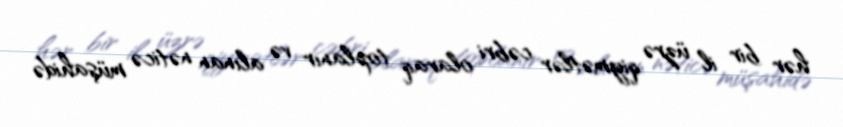
hər bir il üzrə qiymətlər cəbri olaraq toplanır və alınan nəticə müşahidə